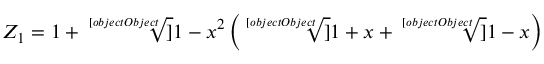
Z _ { 1 } = 1 + { \sqrt [ [object Object] ] { 1 - x ^ { 2 } } } \left( { \sqrt [ [object Object] ] { 1 + x } } + { \sqrt [ [object Object] ] { 1 - x } } \right)